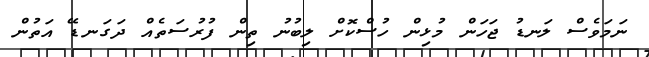
ނަމަވެސް ލަނޑު ޖަހަން މުޅިން ހުސްކޮށް ލިބުނު ތިން ފުރުސަތެއް ދަގަނޑޭ އަތުން